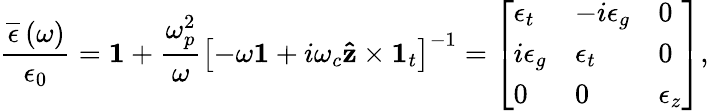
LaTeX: \frac{\overline{{\epsilon}}\left(\omega\right)}{\epsilon_{0}}=\mathbf{1}+\frac{\omega_{p}^{2}}{\omega}\left[-\omega\mathbf{1}+i\omega_{c}\mathbf{\hat{z}}\times\mathbf{1}_{t}\right]^{-1}=\left[\begin{array}{lll}{\epsilon_{t}}&{-i\epsilon_{g}}&{0}\\ {i\epsilon_{g}}&{\epsilon_{t}}&{0}\\ {0}&{0}&{\epsilon_{z}}\end{array}\right],